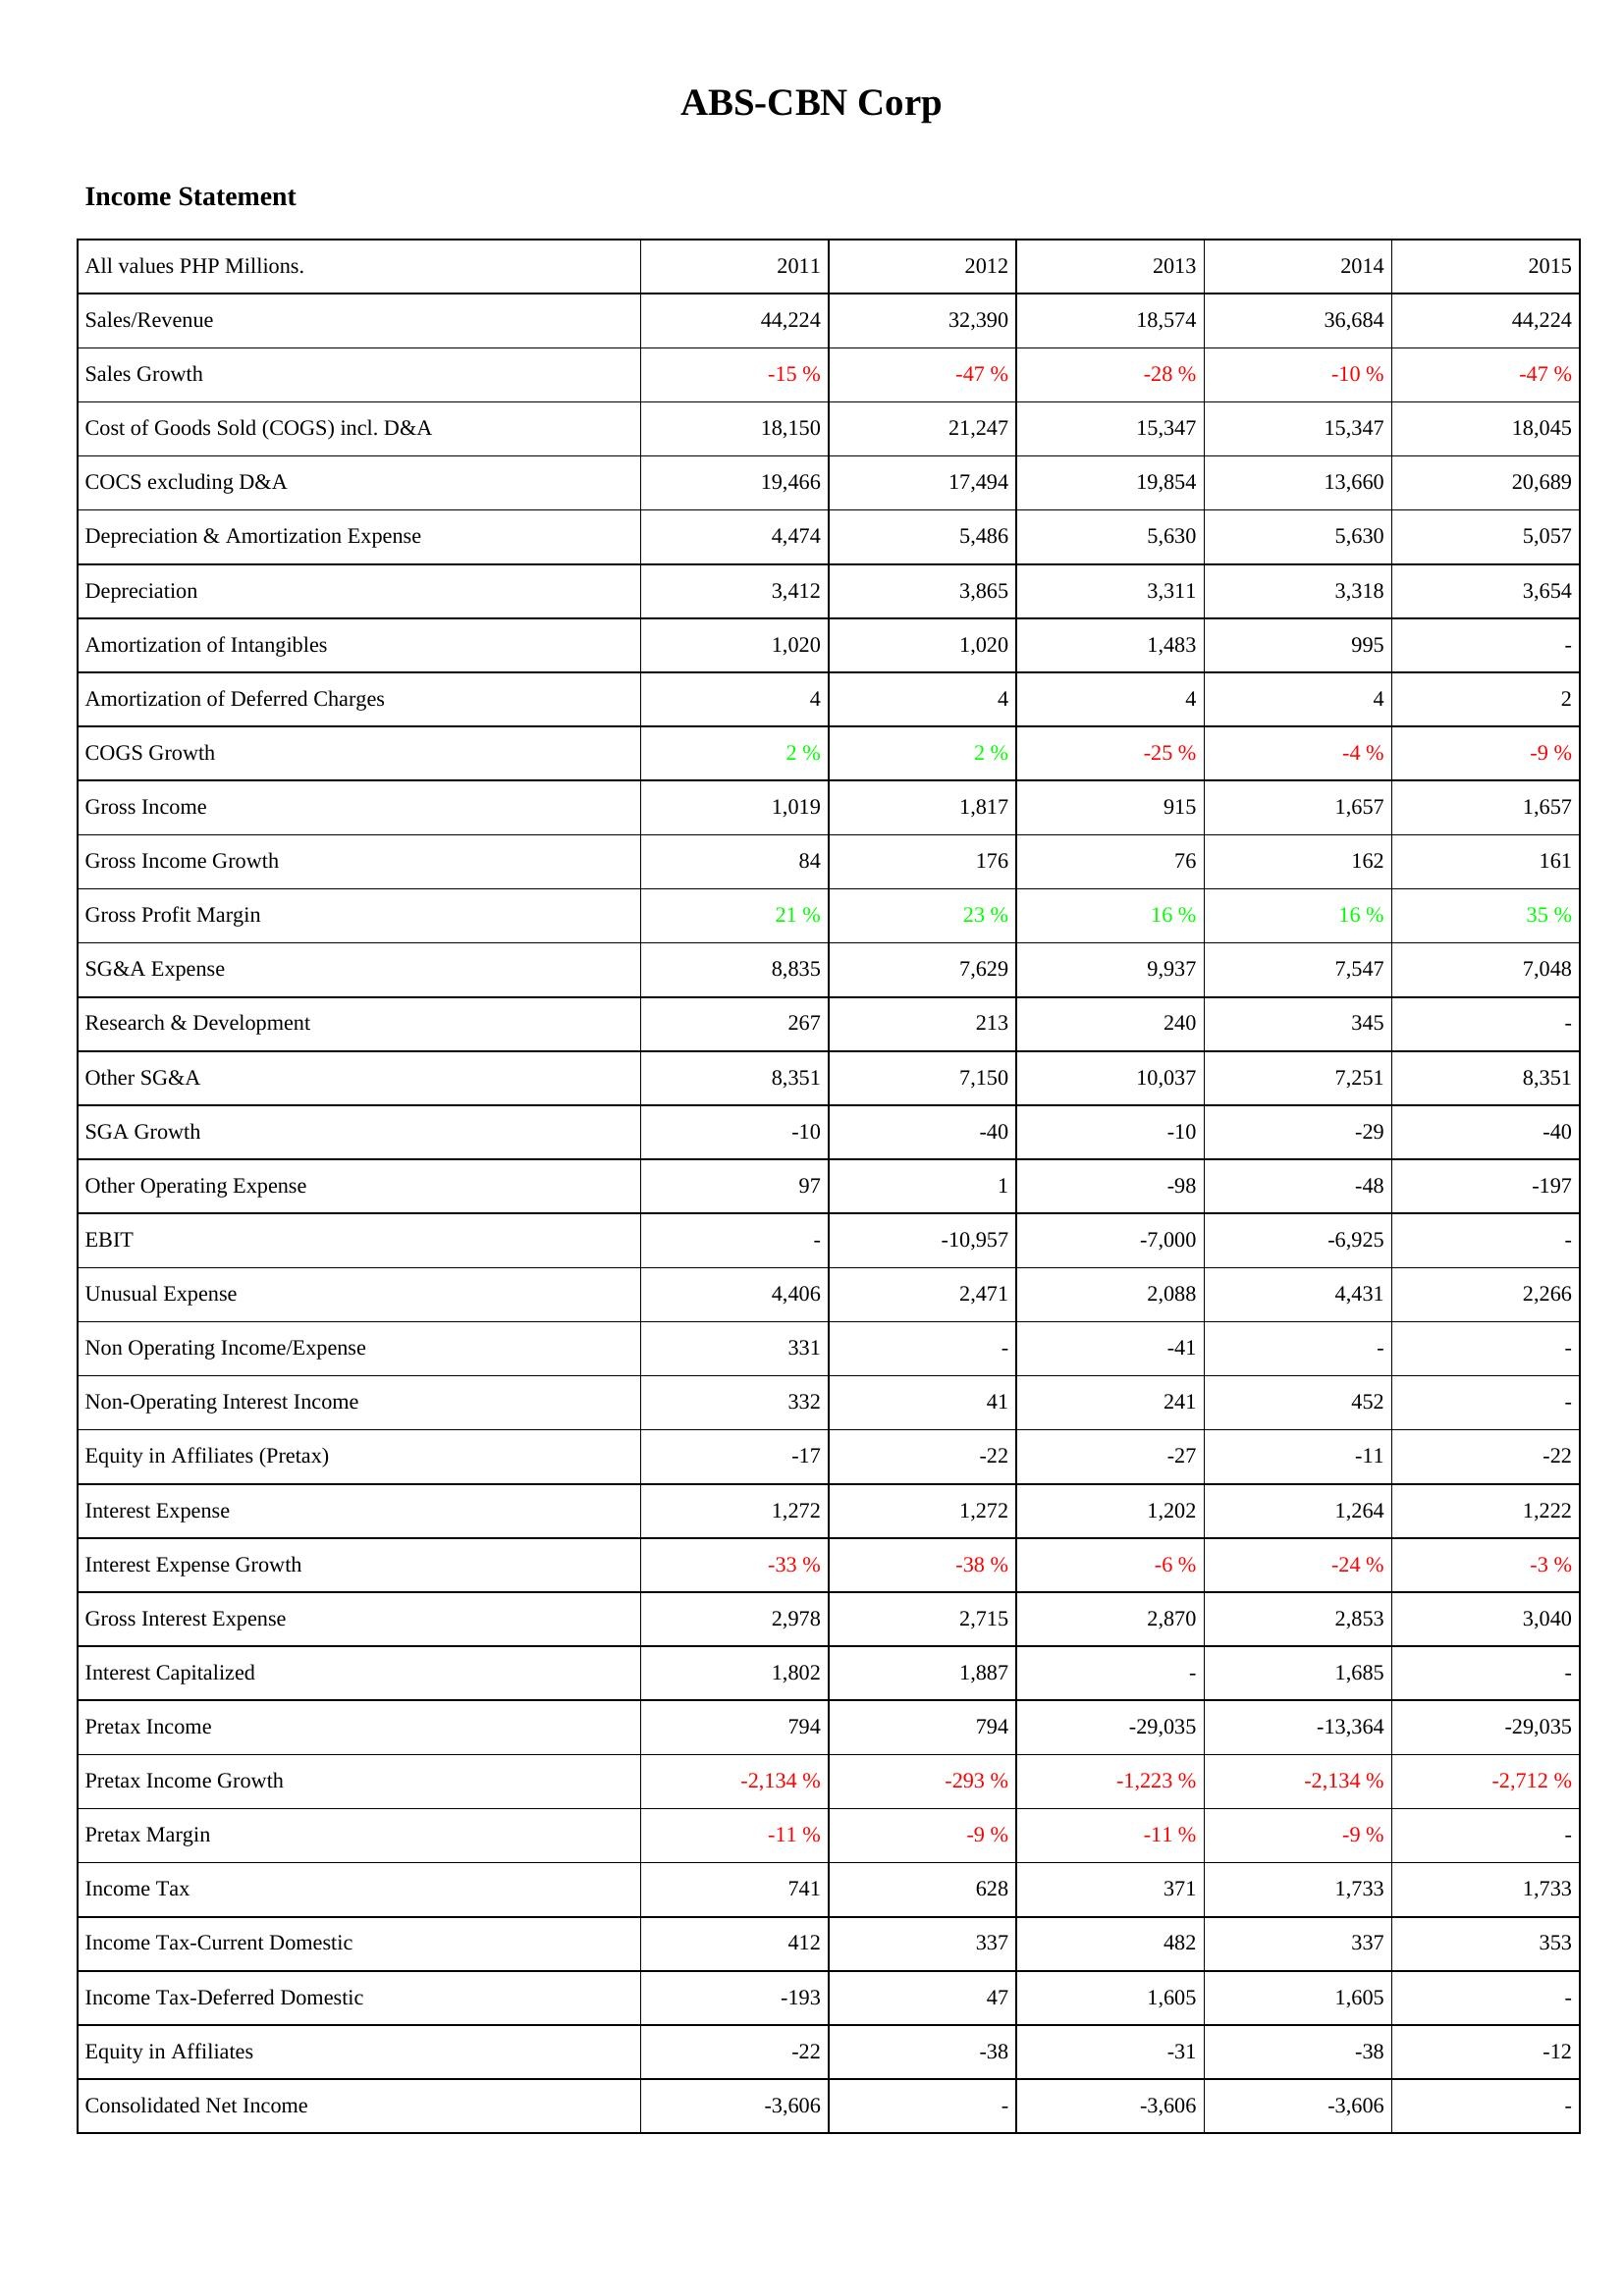
2011: Income Statement: Sales/Revenue: 44,224
Sales Growth: -15 %
Cost of Goods Sold (COGS) incl. D&A: 18,150
COCS excluding D&A: 19,466
Depreciation & Amortization Expense: 4,474
Depreciation: 3,412
Amortization of Intangibles: 1,020
Amortization of Deferred Charges: 4
COGS Growth: 2 %
Gross Income: 1,019
Gross Income Growth: 84
Gross Profit Margin: 21 %
SG&A Expense: 8,835
Research & Development: 267
Other SG&A: 8,351
SGA Growth: -10
Other Operating Expense: 97
EBIT: -
Unusual Expense: 4,406
Non Operating Income/Expense: 331
Non-Operating Interest Income: 332
Equity in Affiliates (Pretax): -17
Interest Expense: 1,272
Interest Expense Growth: -33 %
Gross Interest Expense: 2,978
Interest Capitalized: 1,802
Pretax Income: 794
Pretax Income Growth: -2,134 %
Pretax Margin: -11 %
Income Tax: 741
Income Tax-Current Domestic: 412
Income Tax-Deferred Domestic: -193
Equity in Affiliates: -22
Consolidated Net Income: -3,606
2012: Income Statement: Sales/Revenue: 32,390
Sales Growth: -47 %
Cost of Goods Sold (COGS) incl. D&A: 21,247
COCS excluding D&A: 17,494
Depreciation & Amortization Expense: 5,486
Depreciation: 3,865
Amortization of Intangibles: 1,020
Amortization of Deferred Charges: 4
COGS Growth: 2 %
Gross Income: 1,817
Gross Income Growth: 176
Gross Profit Margin: 23 %
SG&A Expense: 7,629
Research & Development: 213
Other SG&A: 7,150
SGA Growth: -40
Other Operating Expense: 1
EBIT: -10,957
Unusual Expense: 2,471
Non Operating Income/Expense: -
Non-Operating Interest Income: 41
Equity in Affiliates (Pretax): -22
Interest Expense: 1,272
Interest Expense Growth: -38 %
Gross Interest Expense: 2,715
Interest Capitalized: 1,887
Pretax Income: 794
Pretax Income Growth: -293 %
Pretax Margin: -9 %
Income Tax: 628
Income Tax-Current Domestic: 337
Income Tax-Deferred Domestic: 47
Equity in Affiliates: -38
Consolidated Net Income: -
2013: Income Statement: Sales/Revenue: 18,574
Sales Growth: -28 %
Cost of Goods Sold (COGS) incl. D&A: 15,347
COCS excluding D&A: 19,854
Depreciation & Amortization Expense: 5,630
Depreciation: 3,311
Amortization of Intangibles: 1,483
Amortization of Deferred Charges: 4
COGS Growth: -25 %
Gross Income: 915
Gross Income Growth: 76
Gross Profit Margin: 16 %
SG&A Expense: 9,937
Research & Development: 240
Other SG&A: 10,037
SGA Growth: -10
Other Operating Expense: -98
EBIT: -7,000
Unusual Expense: 2,088
Non Operating Income/Expense: -41
Non-Operating Interest Income: 241
Equity in Affiliates (Pretax): -27
Interest Expense: 1,202
Interest Expense Growth: -6 %
Gross Interest Expense: 2,870
Interest Capitalized: -
Pretax Income: -29,035
Pretax Income Growth: -1,223 %
Pretax Margin: -11 %
Income Tax: 371
Income Tax-Current Domestic: 482
Income Tax-Deferred Domestic: 1,605
Equity in Affiliates: -31
Consolidated Net Income: -3,606
2014: Income Statement: Sales/Revenue: 36,684
Sales Growth: -10 %
Cost of Goods Sold (COGS) incl. D&A: 15,347
COCS excluding D&A: 13,660
Depreciation & Amortization Expense: 5,630
Depreciation: 3,318
Amortization of Intangibles: 995
Amortization of Deferred Charges: 4
COGS Growth: -4 %
Gross Income: 1,657
Gross Income Growth: 162
Gross Profit Margin: 16 %
SG&A Expense: 7,547
Research & Development: 345
Other SG&A: 7,251
SGA Growth: -29
Other Operating Expense: -48
EBIT: -6,925
Unusual Expense: 4,431
Non Operating Income/Expense: -
Non-Operating Interest Income: 452
Equity in Affiliates (Pretax): -11
Interest Expense: 1,264
Interest Expense Growth: -24 %
Gross Interest Expense: 2,853
Interest Capitalized: 1,685
Pretax Income: -13,364
Pretax Income Growth: -2,134 %
Pretax Margin: -9 %
Income Tax: 1,733
Income Tax-Current Domestic: 337
Income Tax-Deferred Domestic: 1,605
Equity in Affiliates: -38
Consolidated Net Income: -3,606
2015: Income Statement: Sales/Revenue: 44,224
Sales Growth: -47 %
Cost of Goods Sold (COGS) incl. D&A: 18,045
COCS excluding D&A: 20,689
Depreciation & Amortization Expense: 5,057
Depreciation: 3,654
Amortization of Intangibles: -
Amortization of Deferred Charges: 2
COGS Growth: -9 %
Gross Income: 1,657
Gross Income Growth: 161
Gross Profit Margin: 35 %
SG&A Expense: 7,048
Research & Development: -
Other SG&A: 8,351
SGA Growth: -40
Other Operating Expense: -197
EBIT: -
Unusual Expense: 2,266
Non Operating Income/Expense: -
Non-Operating Interest Income: -
Equity in Affiliates (Pretax): -22
Interest Expense: 1,222
Interest Expense Growth: -3 %
Gross Interest Expense: 3,040
Interest Capitalized: -
Pretax Income: -29,035
Pretax Income Growth: -2,712 %
Pretax Margin: -
Income Tax: 1,733
Income Tax-Current Domestic: 353
Income Tax-Deferred Domestic: -
Equity in Affiliates: -12
Consolidated Net Income: -